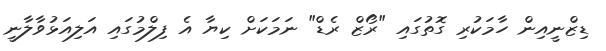
ޑިޒްނީއިން ހާމަކުރި ގޮތުގައި "ރޯޒް ރެޑް" ނަމަކަށް ކިޔާ އެ ފިލްމުގައި އަލިއަޅުވާލާނީ